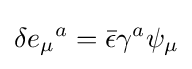
\delta e_{\mu }{}^{a}={\bar {\epsilon }}\gamma ^{a}\psi _{\mu }